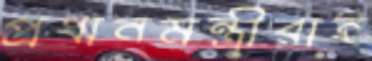
প্রধানমন্ত্রীরাই